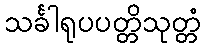
သင်္ခါရုပပတ္တိသုတ္တံ